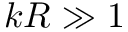
k R \gg 1